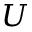
U